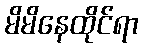
မိမိနေထိုင်ရာ